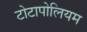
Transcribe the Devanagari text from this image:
टोटापोलियम